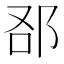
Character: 𨚨